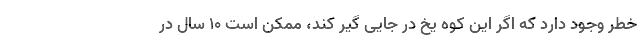
خطر وجود دارد که اگر این کوه یخ در جایی گیر کند، ممکن است ۱۰ سال در